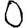
Digit: 0